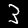
Label: 3